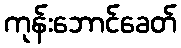
ကုန်းဘောင်ခေတ်